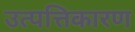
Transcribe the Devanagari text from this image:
उत्पत्तिकारण